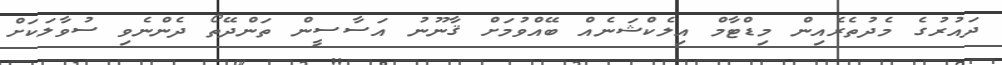
ދައުރުގެ މެދުތެރެއިން މިޑްޓާމް އިލެކްޝަނެއް ބޭއްވުމަށް ޤާނޫނު އަސާސީން ތަންދޭތޯ ދެންނެވި ސުވާލަކަށް